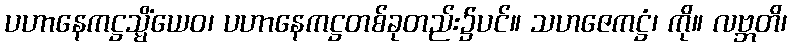
ပဟာနေကဋ္ဌသ္မိံယေဝ၊ ပဟာနေကဋ္ဌတစ်ခုတည်း၌ပင်။ သဟဇေကဋ္ဌံ၊ ကို။ လဗ္ဘတိ၊